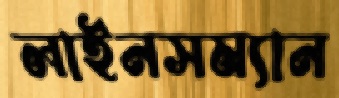
লাইনসম্যান